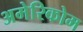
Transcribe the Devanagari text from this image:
अमेरिकोम